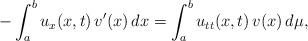
LaTeX: \begin{align*} -\int^{b}_{a} u_x(x,t)\,v'(x) \, dx = \int^{b}_{a}u_{tt}(x,t)\,v(x) \,d\mu,\end{align*}